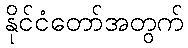
နိုင်ငံတော်အတွက်